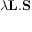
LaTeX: \lambda \mathbf { L } . \mathbf { S }